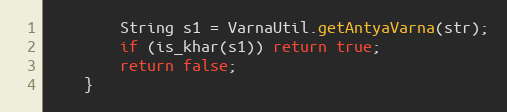
Language: Java
        String s1 = VarnaUtil.getAntyaVarna(str);
        if (is_khar(s1)) return true;
        return false;
    }